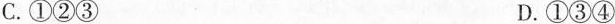
C.①②③ D.①③④